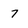
Character: 7